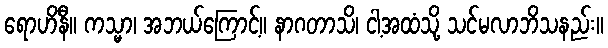
ရောဟိနီ။ ကသ္မာ၊ အဘယ်ကြောင့်။ နာဂတာသိ၊ ငါ့အထံသို့ သင်မလာဘိသနည်း။